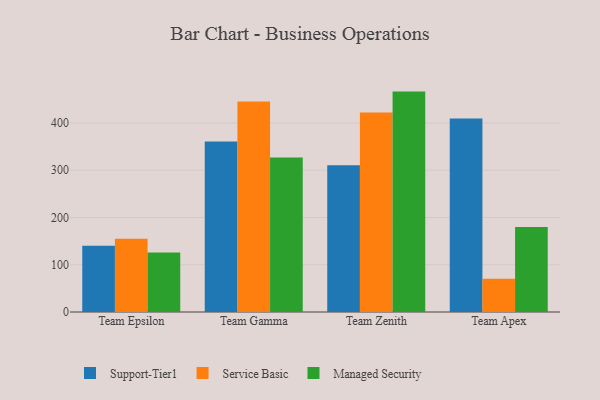
{"axis": {"x": "Team", "y": "Waste Production (Tons)"}, "legend": ["Managed Security", "Service Basic", "Support-Tier1"], "data": [{"x": "Team Epsilon", "y": 140.1, "type": "Support-Tier1"}, {"x": "Team Epsilon", "y": 154.9, "type": "Service Basic"}, {"x": "Team Epsilon", "y": 126.0, "type": "Managed Security"}, {"x": "Team Gamma", "y": 360.9, "type": "Support-Tier1"}, {"x": "Team Gamma", "y": 445.6, "type": "Service Basic"}, {"x": "Team Gamma", "y": 326.8, "type": "Managed Security"}, {"x": "Team Zenith", "y": 310.5, "type": "Support-Tier1"}, {"x": "Team Zenith", "y": 422.2, "type": "Service Basic"}, {"x": "Team Zenith", "y": 466.4, "type": "Managed Security"}, {"x": "Team Apex", "y": 409.5, "type": "Support-Tier1"}, {"x": "Team Apex", "y": 70.3, "type": "Service Basic"}, {"x": "Team Apex", "y": 179.8, "type": "Managed Security"}]}